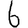
Digit: 6